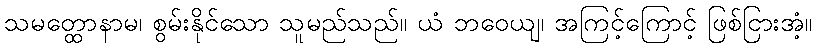
သမတ္ထောနာမ၊ စွမ်းနိုင်သော သူမည်သည်။ ယံ ဘဝေယျ၊ အကြင့်ကြောင့် ဖြစ်ငြားအံ့။